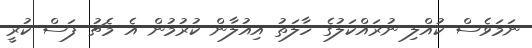
ނަމަވެސް ކުއްލި ނުރައްކަލުގެ ހާލަތު އިއުލާން ކުރުމުން އެ މެޗު ފަސް ކުރީ